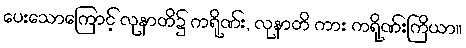
ပေးသောကြောင့် လုနာတိ၌ ကရိုဏ်း, လုနာတိ ကား ကရိုဏ်းကြိယာ။